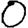
Digit: 0